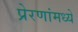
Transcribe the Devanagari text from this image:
प्रेरणांमध्ये